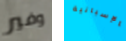
وفير بالإسبانية